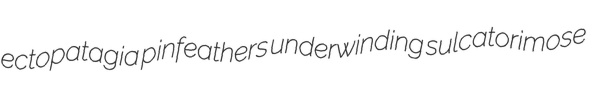
ectopatagia pinfeathers underwinding sulcatorimose